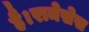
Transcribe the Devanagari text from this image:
है।रामेसेस